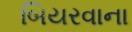
બિયરવાના